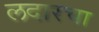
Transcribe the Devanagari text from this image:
लदारचा